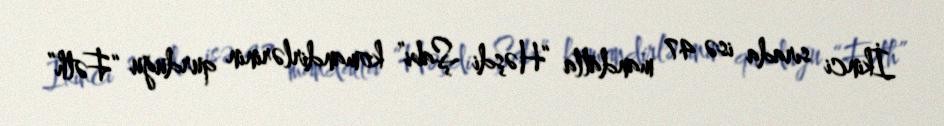
İkinci sırada isə 47 mandatla “Həşdi Şabi” komandirlərinin qurduğu “Fəth”